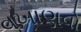
વખાણવો